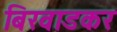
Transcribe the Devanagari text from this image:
बिरवाडकर